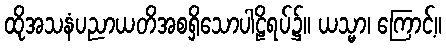
ထိုအသနံပညာယတိအစရှိသောပါဠိရပ်၌။ ယသ္မာ၊ ကြောင့်။